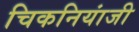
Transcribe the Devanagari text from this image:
चिकनियांजी